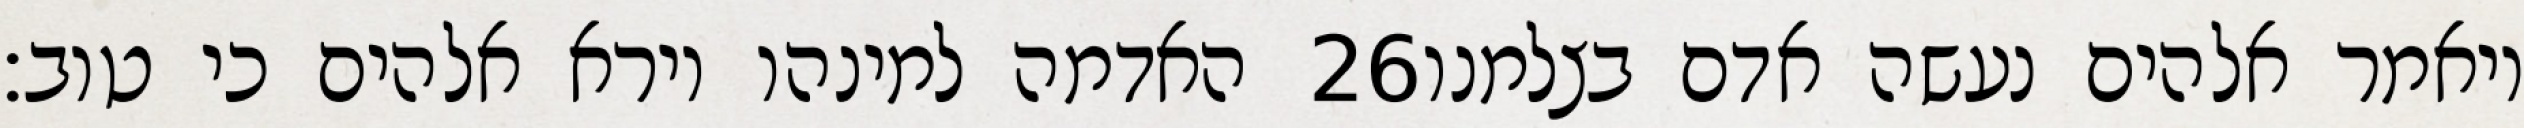
האדמה למינהו וירא אלהים כי טוב׃ ‎26‏ ויאמר אלהים נעשה אדם בצלמנו